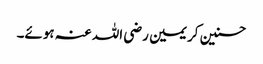
حسنین کریمین رضی اللہ عنہ ہوئے۔